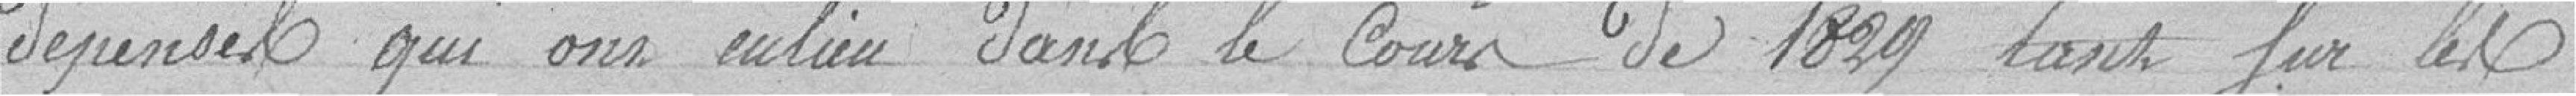
Dépenses qui ont eu lieu dans le Cours de 1829 tant pour les